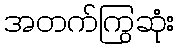
အတက်ကြွဆုံး